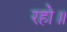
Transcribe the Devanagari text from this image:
रहो॥